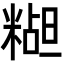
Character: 𬖭